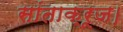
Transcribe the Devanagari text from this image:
सांताक्रूज।